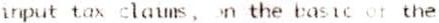
INPUT TAX CLAIMS, ON THE BASIC OF THE